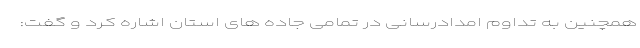
همچنین به تداوم امدادرسانی در تمامی جاده های استان اشاره کرد و گفت: